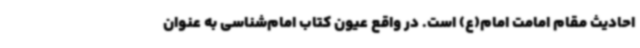
احادیث مقام امامت امام(ع) است. در واقع عیون کتاب امام‌شناسی به عنوان